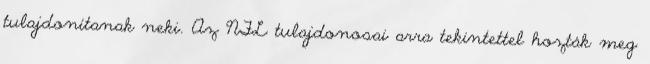
tulajdonítanak neki. Az NFL tulajdonosai arra tekintettel hozták meg